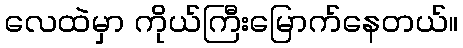
လေထဲမှာ ကိုယ်ကြီးမြောက်နေတယ်။